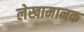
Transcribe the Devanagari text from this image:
लेखामानक